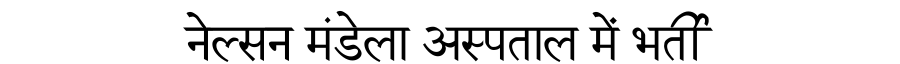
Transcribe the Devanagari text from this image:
नेल्सन मंडेला अस्पताल में भर्ती